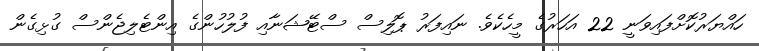
ހައްޔަރުކޮށްފައިވަނީ 22 އަހަރުގެ މީހެކެވެ. ނައިފަރު ޕޮލިސް ސްޓޭޝަނާއި ފުލުހުންގެ އިންޓެލިޖެންސް ގުޅިގެން